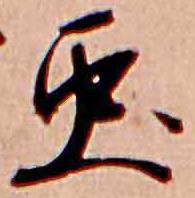
虫